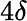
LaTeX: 4\delta